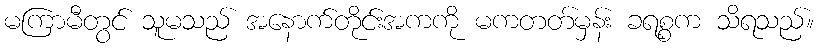
မကြာမီတွင် သူမသည် အနောက်တိုင်းအကကို မကတတ်မှန်း ခရစ္စက သိရသည်။